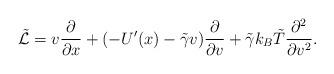
LaTeX: \begin{align*}\tilde{\mathcal{L}} = v\frac{\partial}{\partial x} + (-U'(x)-\tilde{\gamma}v) \frac{\partial}{\partial v} + \tilde\gamma k_B\tilde{T} \frac{\partial^2}{\partial v^2}.\end{align*}